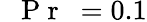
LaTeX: \mathrm{~\textit~{~P~r~}~}=0.1